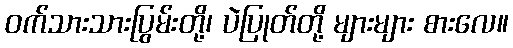
ဝက်သားသားပြွမ်းတို့၊ ပဲပြုတ်တို့ များများ စားလေ။